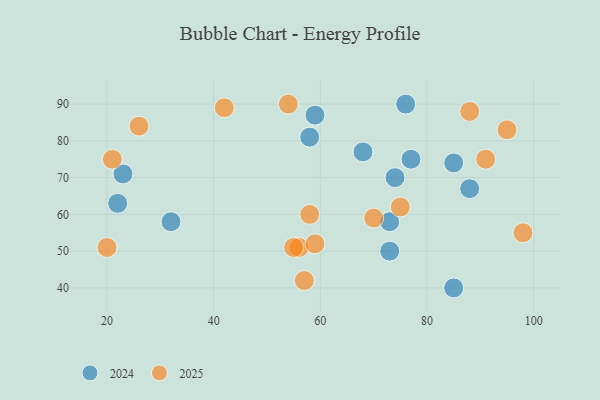
{"axis": {"x": "GDP", "y": "Life Expectancy"}, "legend": ["2024", "2025"], "data": [{"x": "54", "y": 90, "type": "2025"}, {"x": "26", "y": 84, "type": "2025"}, {"x": "95", "y": 83, "type": "2025"}, {"x": "42", "y": 89, "type": "2025"}, {"x": "88", "y": 88, "type": "2025"}, {"x": "91", "y": 75, "type": "2025"}, {"x": "56", "y": 51, "type": "2025"}, {"x": "20", "y": 51, "type": "2025"}, {"x": "58", "y": 60, "type": "2025"}, {"x": "75", "y": 62, "type": "2025"}, {"x": "55", "y": 51, "type": "2025"}, {"x": "70", "y": 59, "type": "2025"}, {"x": "57", "y": 42, "type": "2025"}, {"x": "59", "y": 52, "type": "2025"}, {"x": "21", "y": 75, "type": "2025"}, {"x": "98", "y": 55, "type": "2025"}, {"x": "58", "y": 81, "type": "2024"}, {"x": "88", "y": 67, "type": "2024"}, {"x": "23", "y": 71, "type": "2024"}, {"x": "85", "y": 40, "type": "2024"}, {"x": "76", "y": 90, "type": "2024"}, {"x": "22", "y": 63, "type": "2024"}, {"x": "59", "y": 87, "type": "2024"}, {"x": "77", "y": 75, "type": "2024"}, {"x": "32", "y": 58, "type": "2024"}, {"x": "68", "y": 77, "type": "2024"}, {"x": "73", "y": 58, "type": "2024"}, {"x": "74", "y": 70, "type": "2024"}, {"x": "85", "y": 74, "type": "2024"}, {"x": "73", "y": 50, "type": "2024"}]}